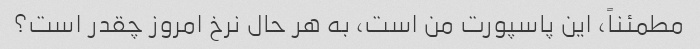
مطمئناً، این پاسپورت من است، به هر حال نرخ امروز چقدر است؟